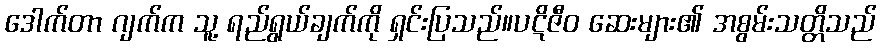
ဒေါက်တာ ဂျက်က သူ့ ရည်ရွယ်ချက်ကို ရှင်းပြသည်။ပဋိဇီဝ ဆေးများ၏ အစွမ်းသတ္တိသည်